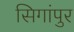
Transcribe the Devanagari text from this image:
सिगांपुर